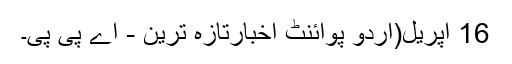
16 اپریل(اُردو پوائنٹ اخبارتازہ ترین - اے پی پی۔